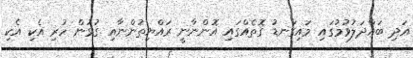
އަދި ބައްދަލުވުމުގައި މައިގަނޑު ގޮތެއްގައި އޮންނާނީ ރައްޔިތުންނާއި ގުޅުން ހުރި އެކި އެކި